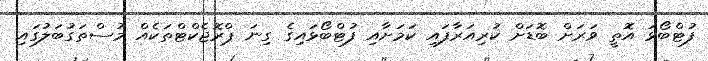
ފުޓްބޯޅަ އޮތީ ވަރަށް ބޮޑަށް ކުރިއަރާފައި ކަމަށާއި ފުޓްބޯޅައިގެ ގިނަ ޕްރޮޖެކްޓްތަކެއް މުސްތަގުބަލުގައި